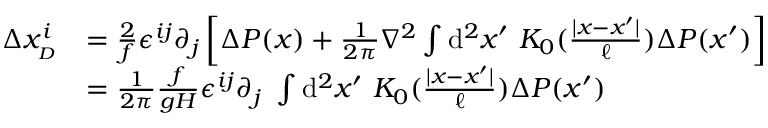
\begin{array} { r l } { \Delta x _ { _ { D } } ^ { i } } & { = \frac { 2 } { f } \epsilon ^ { i j } \partial _ { j } \left[ \Delta P ( x ) + \frac { 1 } { 2 \pi } \nabla ^ { 2 } \int \ensuremath { \operatorname { d } \! ^ { 2 } } x ^ { \prime } \ K _ { 0 } ( \frac { | x - x ^ { \prime } | } { \ell } ) \Delta P ( x ^ { \prime } ) \right] } \\ & { = \frac { 1 } { 2 \pi } \frac { f } { g H } \epsilon ^ { i j } \partial _ { j } \ \int \ensuremath { \operatorname { d } \! ^ { 2 } } x ^ { \prime } \ K _ { 0 } ( \frac { | x - x ^ { \prime } | } { \ell } ) \Delta P ( x ^ { \prime } ) } \end{array}